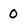
Character: 0